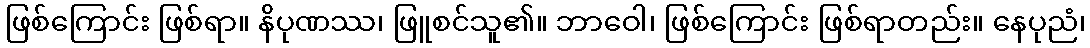
ဖြစ်ကြောင်း ဖြစ်ရာ။ နိပုဏဿ၊ ဖြူစင်သူ၏။ ဘာဝေါ၊ ဖြစ်ကြောင်း ဖြစ်ရာတည်း။ နေပုညံ၊